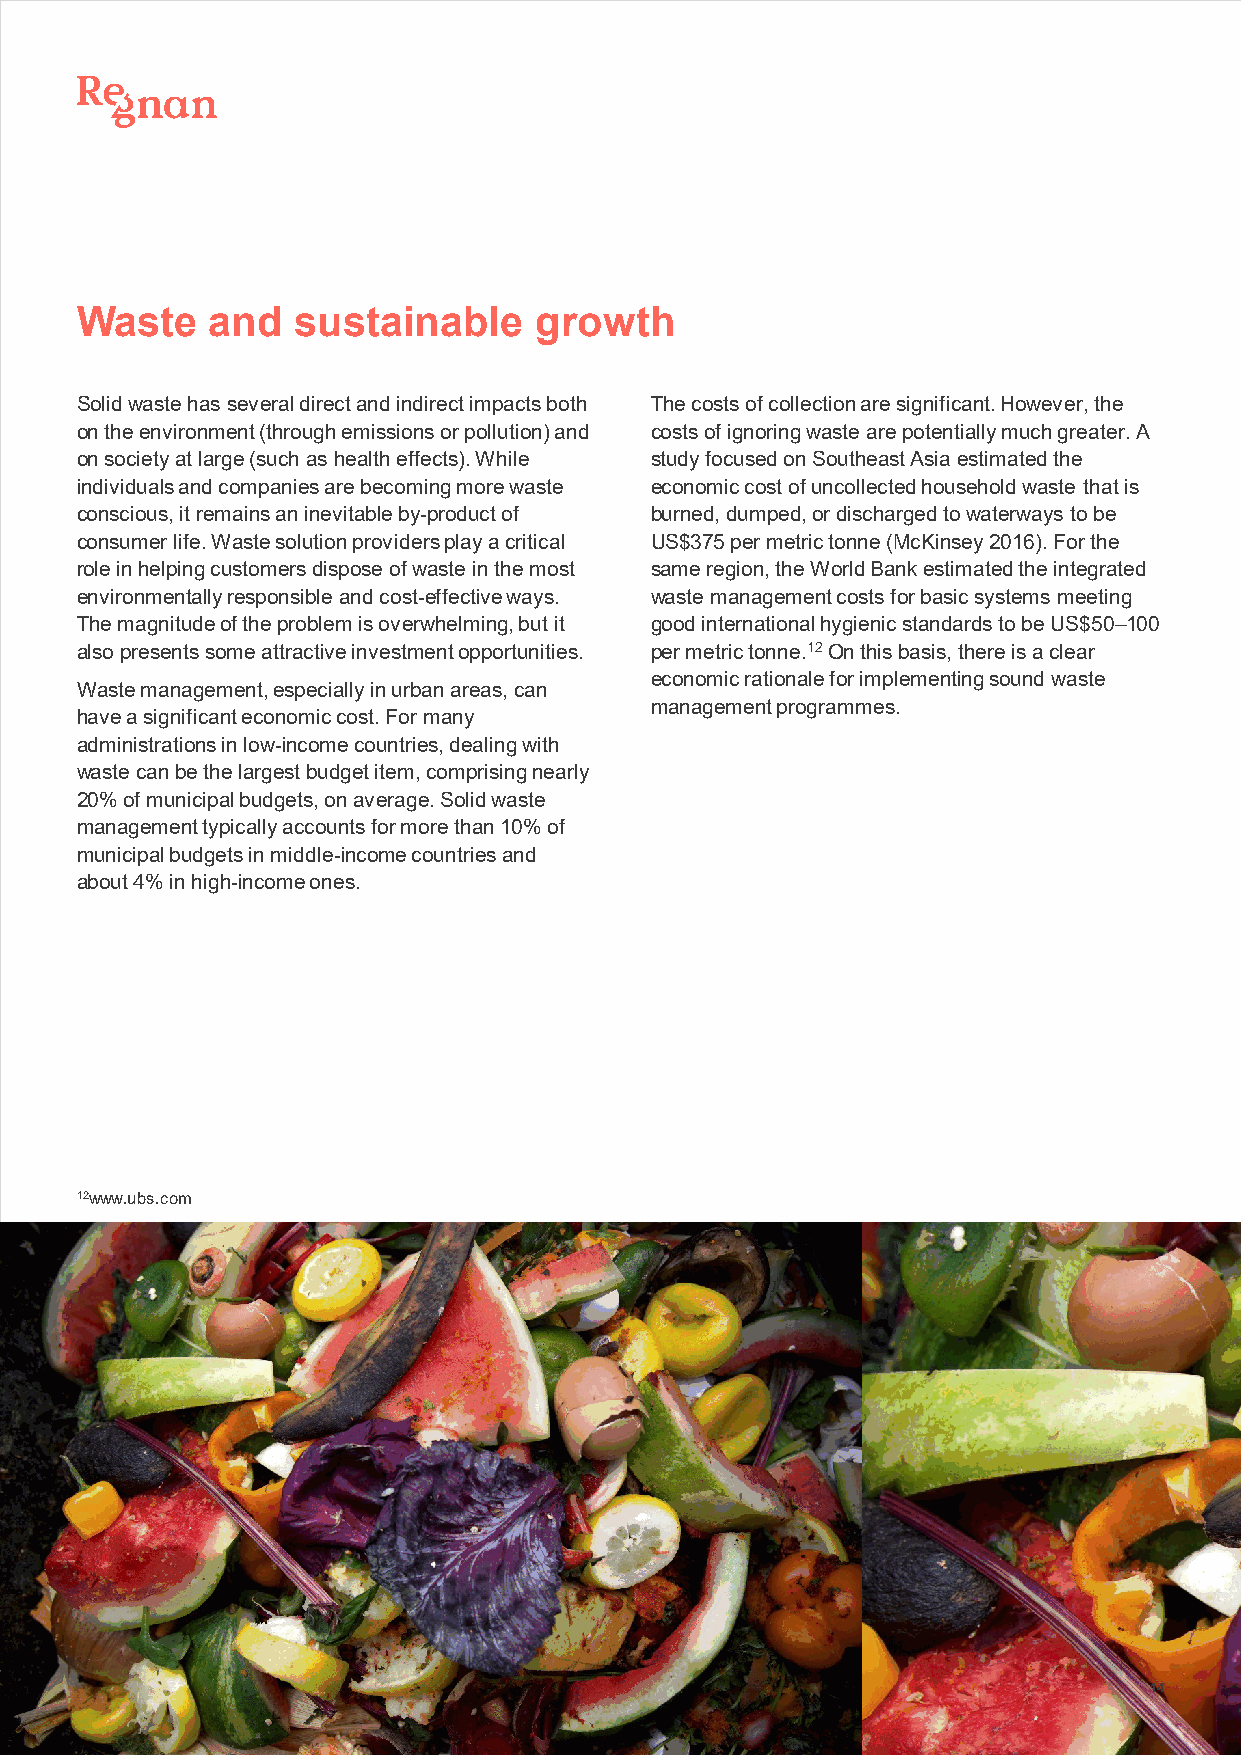
Waste    and   sustainable    growth
 Solid waste has several direct and indirect impacts both The costs of collection are significant. However, the
 on the environment (through emissions or pollution) and costs of ignoring waste are potentially much greater. A
 on society at large (such as health effects). While study focused on Southeast Asia estimated the
 individuals and companies are becoming more waste economic cost of uncollected household waste that is
 conscious, it remains an inevitable by-product of burned, dumped, or discharged to waterways to be
 consumer life. Waste solution providers play a critical US$375 per metric tonne (McKinsey 2016). For the
 role in helping customers dispose of waste in the most same region, the World Bank estimated the integrated
 environmentally responsible and cost-effective ways. waste management costs for basic systems meeting
 The magnitude of the problem is overwhelming, but it good international hygienic standards to be US$50–100
 also presents some attractive investment opportunities. per metric tonne.12On this basis, there is a clear
 economic rationale for implementing sound waste
 Waste management, especially in urban areas, can
 management programmes.
 have a significant economic cost. For many
 administrations in low-income countries, dealing with
 waste can be the largest budget item, comprising nearly
 20% of municipal budgets, on average. Solid waste
 management typically accounts for more than 10% of
 municipal budgets in middle-income countries and
 about 4% in high-income ones.
 12www.ubs.com
 14